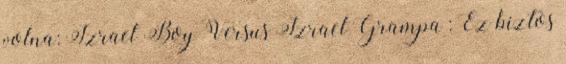
volna: Izrael Boy Versus Izrael Grampa : Ez biztos